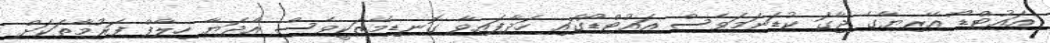
އައުޓްޑޯ އޭރިޔާގެ ޖާގަ ކުޑަނަމަވެސް އައުޓްޑޯގައި ހަދާފައިވާ ގޮނޑިމޭޒަކީވެސް އާދަޔާ ހިލާފް ފަރުމާތަކަށް